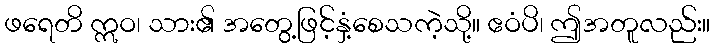
ဖရေတိ ဣဝ၊ သား၏ အတွေ့ဖြင့်နှံ့စေသကဲ့သို့။ ဧဝံပိ၊ ဤအတူလည်း။